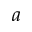
a